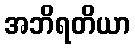
အဘိရတိယာ